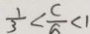
\frac { 1 } { 3 } < \frac { c } { 6 } < 1